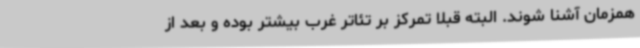
همزمان آشنا شوند. البته قبلا تمرکز بر تئاتر غرب بیشتر بوده و بعد از